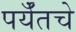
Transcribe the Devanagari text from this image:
पर्यँतचे